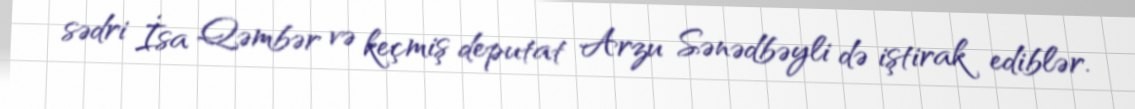
sədri İsa Qəmbər və keçmiş deputat Arzu Sənədbəyli də iştirak ediblər.